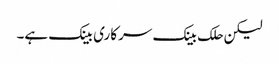
لیکن حلک بینک سرکاری بینک ہے۔